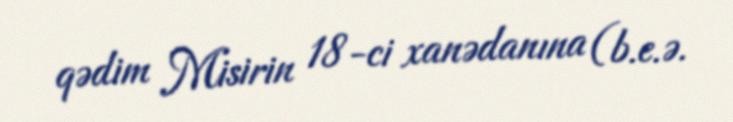
qədim Misirin 18-ci xanədanına (b.e.ə.